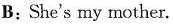
B;She^{\prime} s my mother.